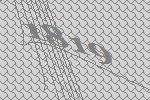
1819